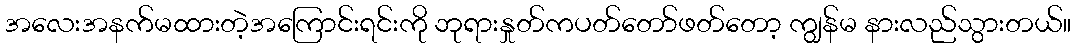
အလေးအနက်မထားတဲ့အကြောင်းရင်းကို ဘုရားနှုတ်ကပတ်တော်ဖတ်တော့ ကျွန်မ နားလည်သွားတယ်။